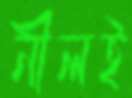
নীলই